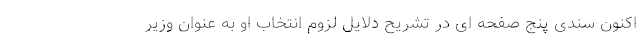
اکنون سندی پنج صفحه ای در تشریح دلایل لزوم انتخاب او به عنوان وزیر